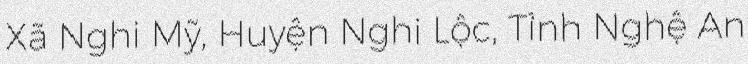
Xã Nghi Mỹ, Huyện Nghi Lộc, Tỉnh Nghệ An